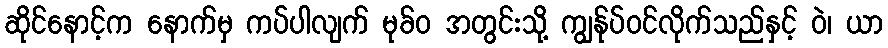
ဆိုင်နောင့်က နောက်မှ ကပ်ပါလျက် မုခ်ဝ အတွင်းသို့ ကျွန်ုပ်ဝင်လိုက်သည်နှင့် ဝဲ၊ ယာ